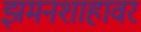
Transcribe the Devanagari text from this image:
झमनशाहावर